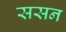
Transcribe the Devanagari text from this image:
ससन